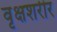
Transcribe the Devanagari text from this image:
वृक्षशरीर